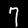
Digit: 7